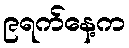
၉ရက်နေ့က